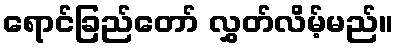
ရောင်ခြည်တော် လွှတ်လိမ့်မည်။